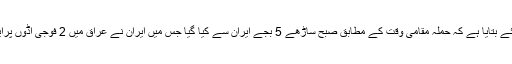
امریکی محکمہ دفاع پینٹا گون نے بھی عراق میں امریکی فوج کے اڈے پرحملے کی تصدیق کرتے ہوئے بتایا ہے کہ حملہ مقامی وقت کے مطابق صبح ساڑھے 5 بجے ایران سے کیا گیا جس میں ایران نے عراق میں 2 فوجی اڈوں پرایک درجن سے زائد میزائل فائرکیے اورعین الاسد اور اربیل میں دوعراقی فوجی اڈوں کو نشانہ بنایا گیا۔